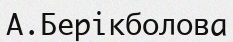
А.Берікболова